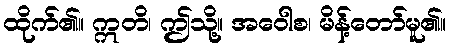
ထိုက်၏။ ဣတိ၊ ဤသို့။ အဝေါစ၊ မိန့်တော်မူ၏။